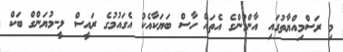
މި ރަސްމިއްޔާތުގައި އާންމުންގެ އެތައް ހާސް ބަޔަކާއެކު އެގައުމުގެ ރައީސް ލީ-މުޔަންގް ބަކް